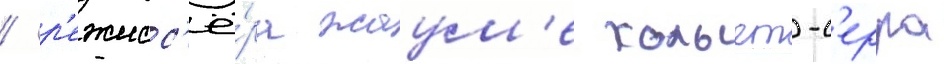
/ р'ежисс'ё́ра жаум'е кольет-с'ерра